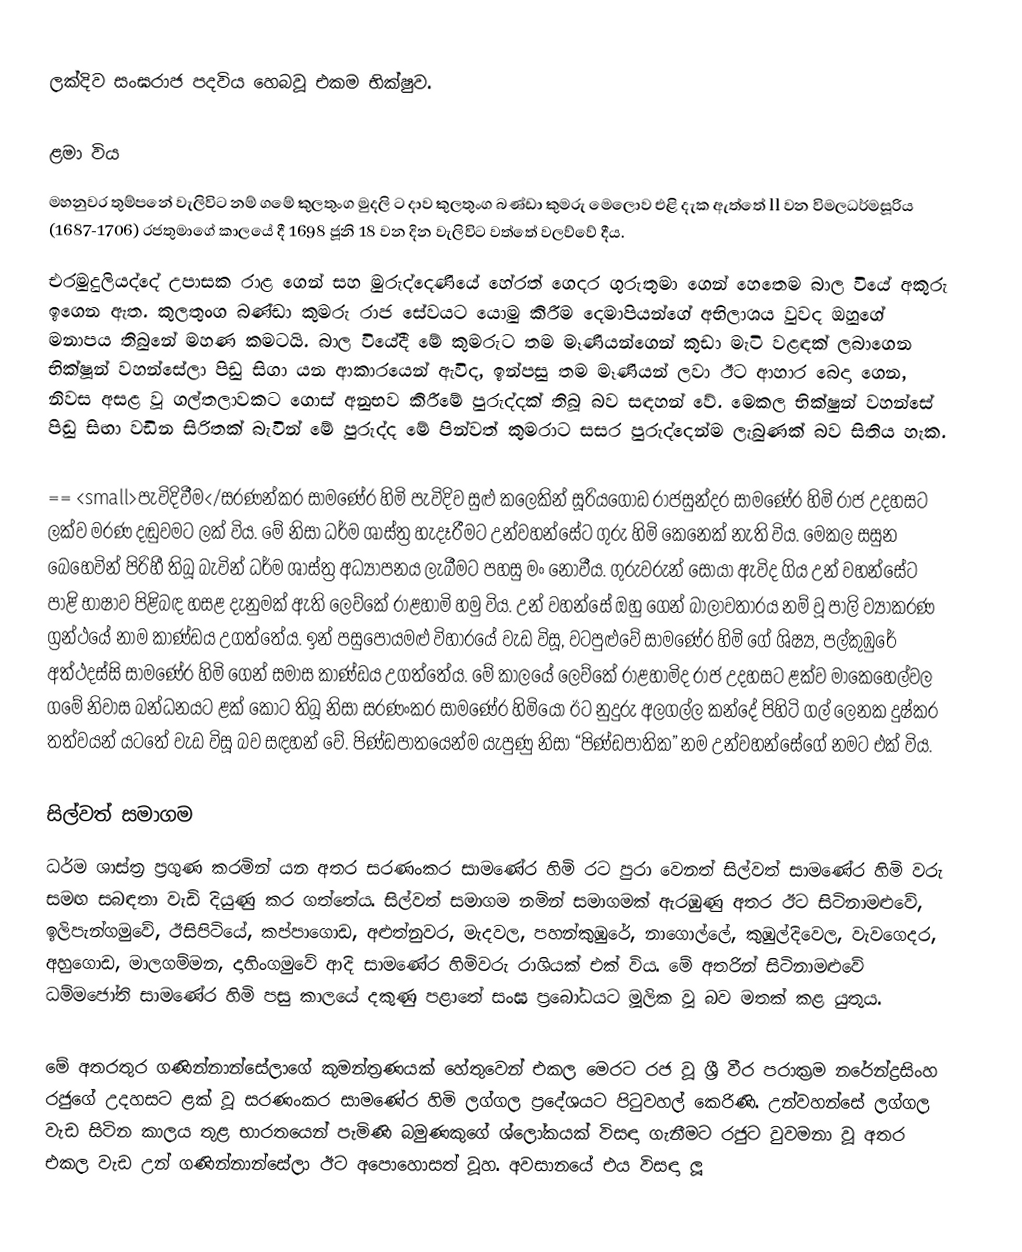
ලක්දිව සංඝරාජ පදවිය හෙබවූ එකම භික්ෂුව.

ළමා විය
මහනුවර තුම්පනේ වැලිවිට නම් ගමේ කුලතුංග මුදලි ට දාව කුලතුංග බණ්ඩා කුමරු මෙලොව එළි දැක ඇත්තේ ll වන විමලධර්මසූරිය (1687-1706) රජතුමාගේ කාලයේ දී 1698 ජූනි 18 වන දින වැලිවිට වත්තේ වලව්වේ දීය.
එරමුදුලියද්දේ උපාසක රාළ ගෙන් සහ මුරුද්දෙණියේ හේරත් ගෙදර ගුරුතුමා ගෙන් හෙතෙම බාල වියේ අකුරු ඉගෙන ඇත. කුලතුංග බණ්ඩා කුමරු රාජ සේවයට යොමු කිරීම දෙමාපියන්ගේ අභිලාශය වුවද ඔහුගේ මනාපය තිබුනේ මහණ කමටයි. බාල වියේදී මේ කුමරුට තම මෑණියන්ගෙන් කුඩා මැටි වළඳක් ලබාගෙන භික්ෂූන් වහන්සේලා පිඩු සිගා යන ආකාරයෙන් ඇවිද, ඉන්පසු තම මෑණියන් ලවා ඊට ආහාර බෙදා ගෙන, නිවස අසළ වූ ගල්තලාවකට ගොස් අනුභව කිරීමේ පුරුද්දක් තිබූ බව සඳහන් වේ. මෙකල භික්ෂුන් වහන්සේ පිඬු සිඟා වඩින සිරිතක් බැවින් මේ පුරුද්ද මේ පින්වත් කුමරාට සසර පුරුද්දෙන්ම ලැබුණක් බව සිතිය හැක.

== <small>පැවිදිවීම</සරණන්කර  සාමණේර හිමි පැවිදිව සුළු කලෙකින් සූරියගොඩ රාජසුන්දර සාමණේර හිමි රාජ උදහසට ලක්ව මරණ දඬුවමට ලක් විය. මේ නිසා ධර්ම ශාස්ත්‍ර හැදෑරීමට උන්වහන්සේට ගුරු හිමි කෙනෙක් නැති විය.  මෙකල සසුන බෙහෙවින් පිරිහී තිබූ බැවින් ධර්ම ශාස්ත්‍ර අධ්‍යාපනය ලැබීමට පහසු මං නොවීය.  ගුරුවරුන් සොයා ඇවිද ගිය උන් වහන්සේට පාළි භාෂාව පිළිබඳ හසළ දැනුමක් ඇති ලෙව්කේ රාළහාමි හමු විය. උන් වහන්සේ ඔහු ගෙන් බාලාවතාරය නම් වූ පාලි ව්‍යාකරණ ග්‍රන්ථයේ නාම කාණ්ඩය උගත්තේය. ඉන් පසුපෝයමළු විහාරයේ වැඩ විසූ, වටපුළුවේ සාමණේර හිමි ගේ ශිෂ්‍ය,  පල්කුඹුරේ අත්ථදස්සි සාමණේර හිමි ගෙන් සමාස කාණ්ඩය උගත්තේය. මේ කාලයේ ලෙව්කේ රාළහාමිද රාජ උදහසට ළක්ව මාකෙහෙල්වල ගමේ නිවාස බන්ධනයට ළක් කොට තිබූ නිසා සරණංකර සාමණේර හිමියෝ ඊට නුදුරු අලගල්ල කන්දේ පිහිටි ගල් ලෙනක දුෂ්කර තත්වයන් යටතේ වැඩ විසූ බව සඳහන් වේ. පිණ්ඩපාතයෙන්ම යැපුණු නිසා “පිණ්ඩපාතික” නම උන්වහන්සේගේ නමට එක් විය.

සිල්වත් සමාගම
ධර්ම ශාස්ත්‍ර ප්‍රගුණ කරමින් යන අතර සරණංකර සාමණේර හිමි රට පුරා වෙනත් සිල්වත් සාමණේර හිමි වරු සමඟ සබඳතා වැඩි දියුණු කර ගත්තේය. සිල්වත් සමාගම නමින් සමාගමක් ඇරඹුණු අතර ඊට සිටිනාමළුවේ, ඉලිපැන්ගමුවේ, ඊසිපිටියේ, කප්පාගොඩ, අළුත්නුවර, මැදවල, පහන්කුඹුරේ,  නාගොල්ලේ,  කුඹුල්දිවෙල, වැවගෙදර, අහුගොඩ, මාලගම්මන, දාහිංගමුවේ ආදි සාමණේර හිමිවරු රාශියක් එක් විය. මේ අතරින් සිටිනාමළුවේ ධම්මජෝති සාමණේර හිමි පසු කාලයේ දකුණු පළාතේ සංඝ ප්‍රබෝධයට මූලික වූ බව මතක් කළ යුතුය.

මේ අතරතුර ගණින්නාන්සේලාගේ කුමන්ත්‍රණයක් හේතුවෙන් එකල මෙරට රජ වූ ශ්‍රී වීර පරාක්‍රම නරේන්ද්‍රසිංහ රජුගේ උදහසට ළක් වූ සරණංකර සාමණේර හිමි ලග්ගල ප්‍රදේශයට පිටුවහල් කෙරිණි. උන්වහන්සේ ලග්ගල වැඩ සිටින කාලය තුළ භාරතයෙන් පැමිණි බමුණකුගේ ශ්ලෝකයක් විසඳා ගැනීමට රජුට වුවමනා වූ අතර එකල වැඩ උන් ගණින්නාන්සේලා ඊට අපොහොසත් වූහ. අවසානයේ එය විසඳා ලූ